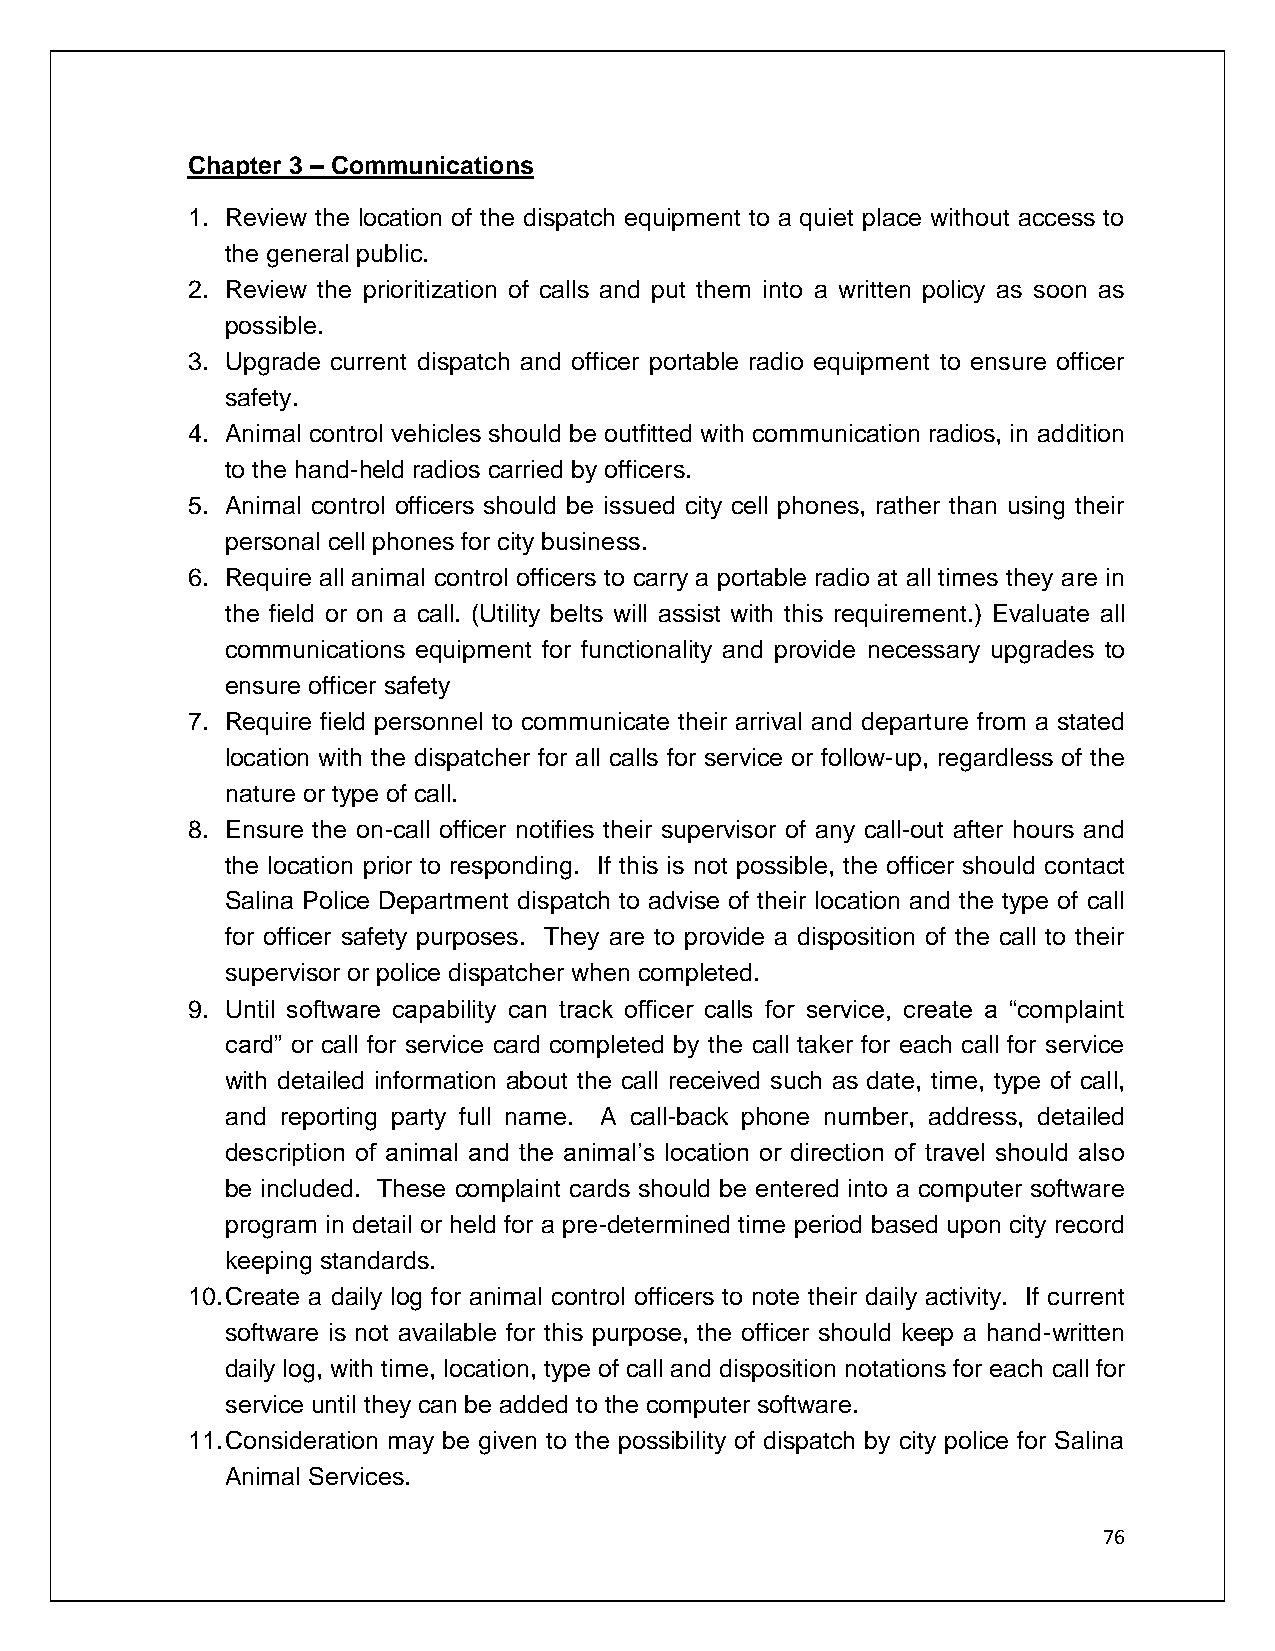
Chapter 3 – Communications
 1. Review the location of the dispatch equipment to a quiet place without access to
 the general public.
 2. Review the prioritization of calls and put them into a written policy as soon as
 possible.
 3. Upgrade current dispatch and officer portable radio equipment to ensure officer
 safety.
 4. Animal control vehicles should be outfitted with communication radios, in addition
 to the hand-held radios carried by officers.
 5. Animal control officers should be issued city cell phones, rather than using their
 personal cell phones for city business.
 6. Require all animal control officers to carry a portable radio at all times they are in
 the field or on a call. (Utility belts will assist with this requirement.) Evaluate all
 communications equipment for functionality and provide necessary upgrades to
 ensure officer safety
 7. Require field personnel to communicate their arrival and departure from a stated
 location with the dispatcher for all calls for service or follow-up, regardless of the
 nature or type of call.
 8. Ensure the on-call officer notifies their supervisor of any call-out after hours and
 the location prior to responding. If this is not possible, the officer should contact
 Salina Police Department dispatch to advise of their location and the type of call
 for officer safety purposes. They are to provide a disposition of the call to their
 supervisor or police dispatcher when completed.
 9. Until software capability can track officer calls for service, create a “complaint
 card” or call for service card completed by the call taker for each call for service
 with detailed information about the call received such as date, time, type of call,
 and reporting party full name. A call-back phone number, address, detailed
 description of animal and the animal’s location or direction of travel should also
 be included. These complaint cards should be entered into a computer software
 program in detail or held for a pre-determined time period based upon city record
 keeping standards.
 10. Create a daily log for animal control officers to note their daily activity. If current
 software is not available for this purpose, the officer should keep a hand-written
 daily log, with time, location, type of call and disposition notations for each call for
 service until they can be added to the computer software.
 11. Consideration may be given to the possibility of dispatch by city police for Salina
 Animal Services.
 76